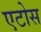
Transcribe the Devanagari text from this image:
एटोस